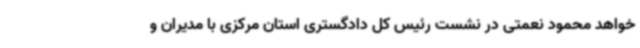
خواهد محمود نعمتی در نشست رئیس کل دادگستری استان مرکزی با مدیران و